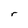
Character: r